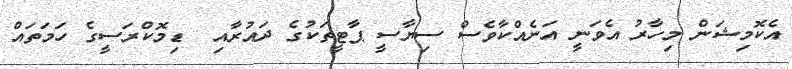
އެކޮމިޝަން މިހާރު އެވަނީ އަނެއްކާވެސް ސިޔާސީ ޕާޓީތަކުގެ ދައުރާއި  ޑިމޮކްރަސީގެ ހަމަތައް